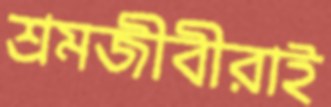
শ্রমজীবীরাই